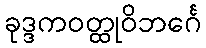
ခုဒ္ဒကဝတ္ထုဝိဘင်္ဂေ